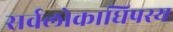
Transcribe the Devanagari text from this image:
सर्वलोकाधिपस्य